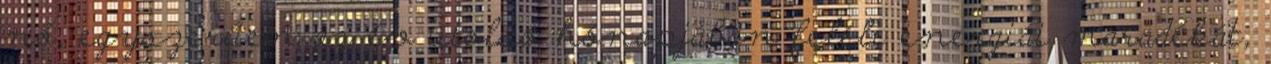
nő, egyszerűen az év utolsó hónapjában feléli energiái maradékát,